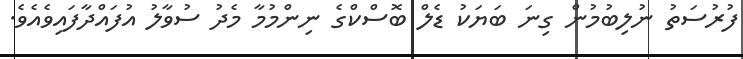
ފުރުސަތު ނުލިބުމުން ގިނަ ބަޔަކު ޑެލް ބޮސްކްގެ ނިންމުމާ މެދު ސުވާލު އުފައްދާފައިވެއެވެ.